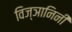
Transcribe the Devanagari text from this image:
विज्ञानिनी